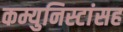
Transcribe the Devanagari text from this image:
कम्युनिस्टांसह